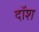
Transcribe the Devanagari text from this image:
दॉश